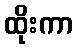
ထိုးကာ